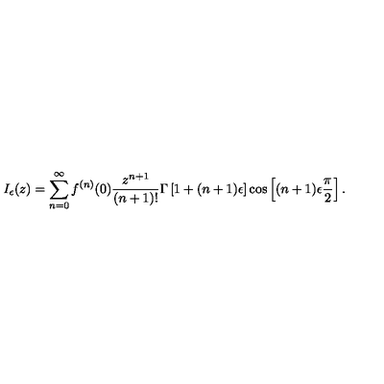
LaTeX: I _ { \epsilon } ( z ) = \sum _ { n = 0 } ^ { \infty } f ^ { ( n ) } ( 0 ) \frac { z ^ { n + 1 } } { ( n + 1 ) ! } \Gamma \left[ 1 + ( n + 1 ) \epsilon \right] \cos \left[ ( n + 1 ) \epsilon \frac { \pi } { 2 } \right] .